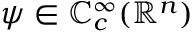
\psi \in \mathbb { C } _ { c } ^ { \infty } ( \mathbb { R } ^ { n } )